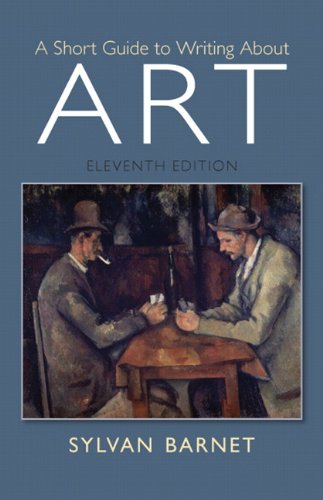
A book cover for A Short Guide to Writing About Art (11th Edition); Sylvan Barnet; Arts & Photography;